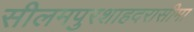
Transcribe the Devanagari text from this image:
सीलमपुरशाहदरासीमा